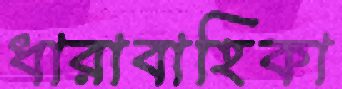
ধারাবাহিকা